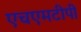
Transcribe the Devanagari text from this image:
एचएमटीपी